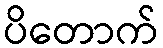
ပိတောက်